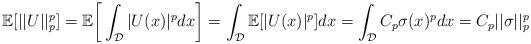
LaTeX: \begin{align*} \mathbb{E}[||U||_p^p] = \mathbb{E}\bigg[\int_{\mathcal{D}}|U(x)|^pdx\bigg] = \int_{\mathcal{D}}\mathbb{E}[|U(x)|^p]dx = \int_{\mathcal{D}}C_p\sigma(x)^pdx = C_p||\sigma||_p^p\end{align*}